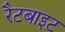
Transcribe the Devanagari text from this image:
रैटबाइट